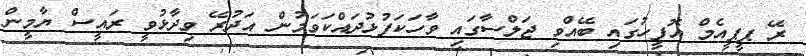
ރޭ ޕީޕީއެމް އޮފީހުގައި ބޭއްވި ޖަލްސާގައި ވާހަކަފުޅުދައްކަވަމުން އަދުރޭ ވިދާޅުވީ ރައީސް ޔާމީން